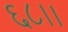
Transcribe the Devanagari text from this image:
६८।।